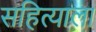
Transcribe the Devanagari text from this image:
सहित्याला